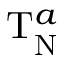
\mathrm { T } _ { \mathrm { N } } ^ { a }